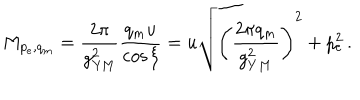
LaTeX: M _ { p _ { e } , q _ { m } } = { \frac { 2 \pi } { g _ { \mathrm { Y M } } ^ { 2 } } } { \frac { q _ { m } u } { \cos \xi } } = u \sqrt { \left( \frac { 2 \pi q _ { m } } { g _ { Y M } ^ { 2 } } \right) ^ { 2 } + p _ { e } ^ { 2 } } \, .